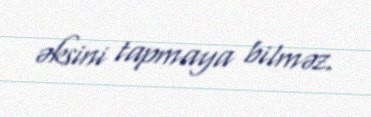
əksini tapmaya bilməz.